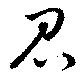
召